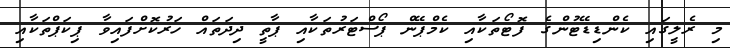
މި ރެލީގައި ކެންޑިޑޭޓުންގެ ފޮޓޯތަކާއި ކެމްޕޭން ޕޯސްޓަރުތަކާއި ޕާތީ ދިދަތައް ހަރުކޮށްފައިވާ ޕިކަޕްތަކާއި